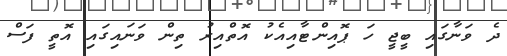
ދެ ވަނާގައި ބީޖީ ހަ ޕޮއިންޓާއިއެކު އޮތްއިރު ތިން ވަނައިގައި އޮތީ ފަސް